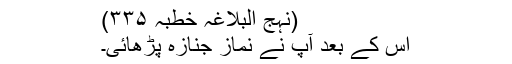
(نہج البلاغہ خطبہ ۳۳۵)
اس کے بعد آپ نے نماز جنازہ پڑھائی۔